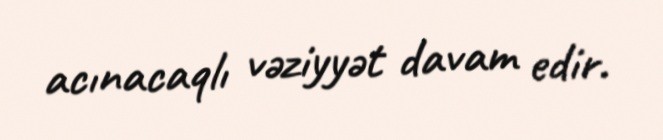
acınacaqlı vəziyyət davam edir.